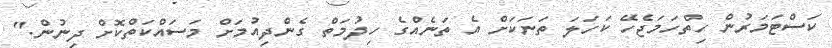
ކަސްޓަމަރުން ހިތްހަމަޖެހޭ ކަހަލަ ތަނަކަށް އެ ތަނެއްގެ ހިދުމަތް ގެންދިއުމަށް މަސައްކަތްކޮށް ދިނުން."